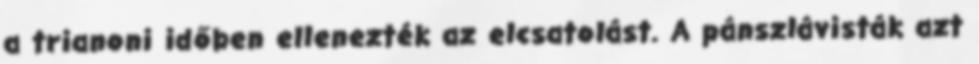
a trianoni időben ellenezték az elcsatolást. A pánszlávisták azt